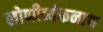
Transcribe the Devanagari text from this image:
लोणीव्यंकनाथ